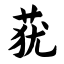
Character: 莸